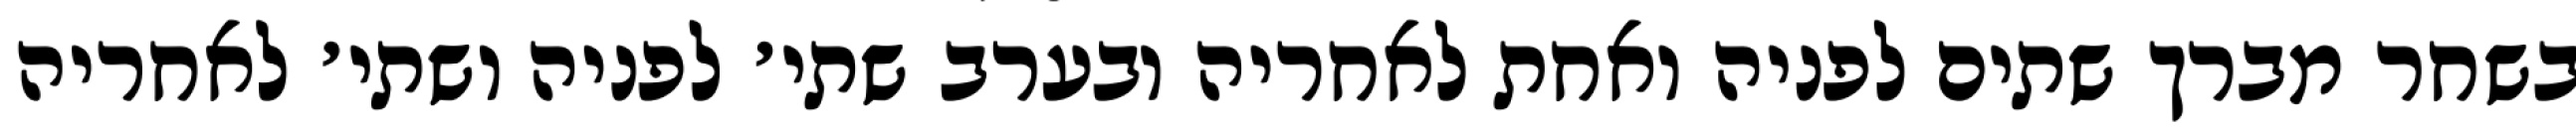
בשחר מברך שתים לפניה ואחת לאחריה ובערב שתי׳ לפניה ושתי׳ לאחריה